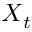
X _ { t }